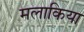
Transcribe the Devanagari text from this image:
मलाकिया